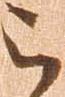
被